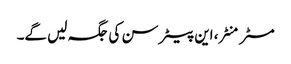
مسٹر منٹر، این پیٹر سن کی جگہ لیں گے۔